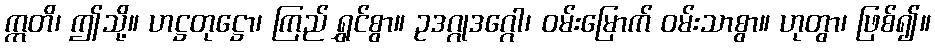
ဣတိ၊ ဤသို့။ ဟဋ္ဌတုဋ္ဌော၊ ကြည် ရွှင်စွာ။ ဥဒဂ္ဂုဒဂ္ဂေါ၊ ဝမ်းမြောက် ဝမ်းသာစွာ။ ဟုတွာ၊ ဖြစ်၍။